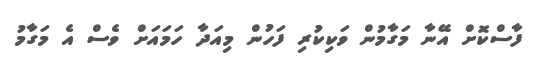
ފާސްކޮށް އޭނާ މަގާމުން ވަކިކުރި ފަހުން މިއަދާ ހަމައަށް ވެސް އެ މަގާމު